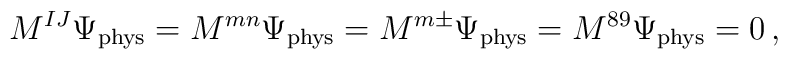
M^{IJ}\Psi_{\rm phys}=M^{mn}\Psi_{\rm phys} = M^{m\pm}\Psi_{\rm phys} = M^{89}\Psi_{\rm phys} = 0\,,